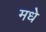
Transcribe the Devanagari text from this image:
मधे